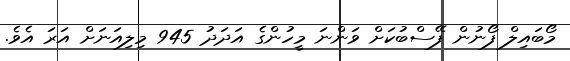
މޯބައިލް ފޯނުން ފޭސްބުކަށް ވަންނަ މީހުންގެ އަދަދު 945 މިލިއަނަށް އަރަ އެވެ.